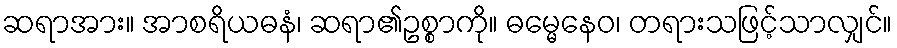
ဆရာအား။ အာစရိယဓနံ၊ ဆရာ၏ဥစ္စာကို။ ဓမ္မေနေဝ၊ တရားသဖြင့်သာလျှင်။